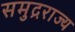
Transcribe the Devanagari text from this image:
समुद्रराज्य